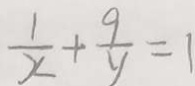
\frac { 1 } { x } + \frac { 9 } { y } = 1